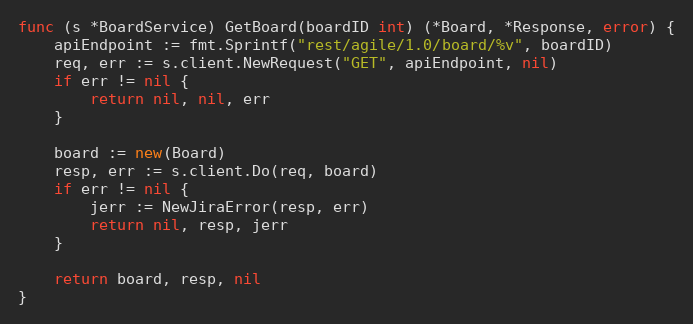
Language: Go
func (s *BoardService) GetBoard(boardID int) (*Board, *Response, error) {
	apiEndpoint := fmt.Sprintf("rest/agile/1.0/board/%v", boardID)
	req, err := s.client.NewRequest("GET", apiEndpoint, nil)
	if err != nil {
		return nil, nil, err
	}

	board := new(Board)
	resp, err := s.client.Do(req, board)
	if err != nil {
		jerr := NewJiraError(resp, err)
		return nil, resp, jerr
	}

	return board, resp, nil
}